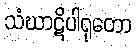
သံဃာဋိပါရုတော